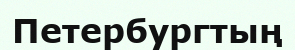
Петербургтың